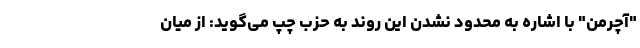
"آچرمن" با اشاره به محدود نشدن این روند به حزب چپ می‌گوید: از میان